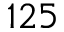
1 2 5